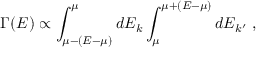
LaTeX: \Gamma ( E ) \propto \int _ { \mu - ( E - \mu ) } ^ { \mu } d E _ { k } \int _ { \mu } ^ { \mu + ( E - \mu ) } d E _ { k ^ { \prime } } \ ,